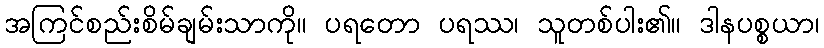
အကြင်စည်းစိမ်ချမ်းသာကို။ ပရတော ပရဿ၊ သူတစ်ပါး၏။ ဒါနပစ္စယာ၊